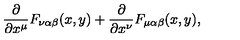
\frac { \partial } { \partial x ^ { \mu } } F _ { \nu \alpha \beta } ( x , y ) + \frac { \partial } { \partial x ^ { \nu } } F _ { \mu \alpha \beta } ( x , y ) ,